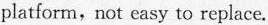
platform.not casy to replsce.